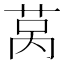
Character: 莴